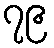
၇၉